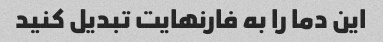
این دما را به فارنهایت تبدیل کنید